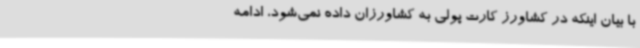
با بیان اینکه در کشاورز کارت پولی به کشاورزان داده نمی‌شود، ادامه